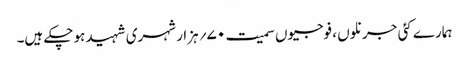
ہمارے کئی جرنلوں ، فوجیوں سمیت ۷۰؍ ہزار شہری شہید ہو چکے ہیں۔